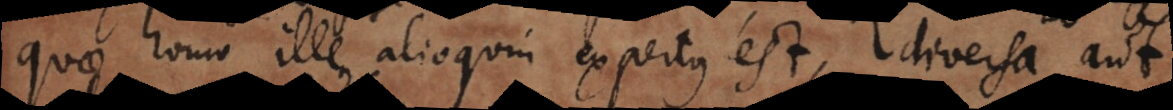
quae homo ille alioquin expertus est, diversa aut